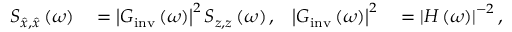
\begin{array} { r l r l } { S _ { \hat { x } , \hat { x } } \left( \omega \right) } & { { } = \left| G _ { \mathrm { i n v } } \left( \omega \right) \right| ^ { 2 } S _ { z , z } \left( \omega \right) , } & { \left| G _ { \mathrm { i n v } } \left( \omega \right) \right| ^ { 2 } } & { { } = \left| H \left( \omega \right) \right| ^ { - 2 } , } \end{array}